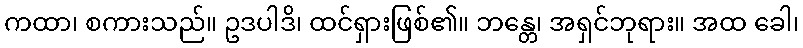
ကထာ၊ စကားသည်။ ဥဒပါဒိ၊ ထင်ရှားဖြစ်၏။ ဘန္တေ၊ အရှင်ဘုရား။ အထ ခေါ၊